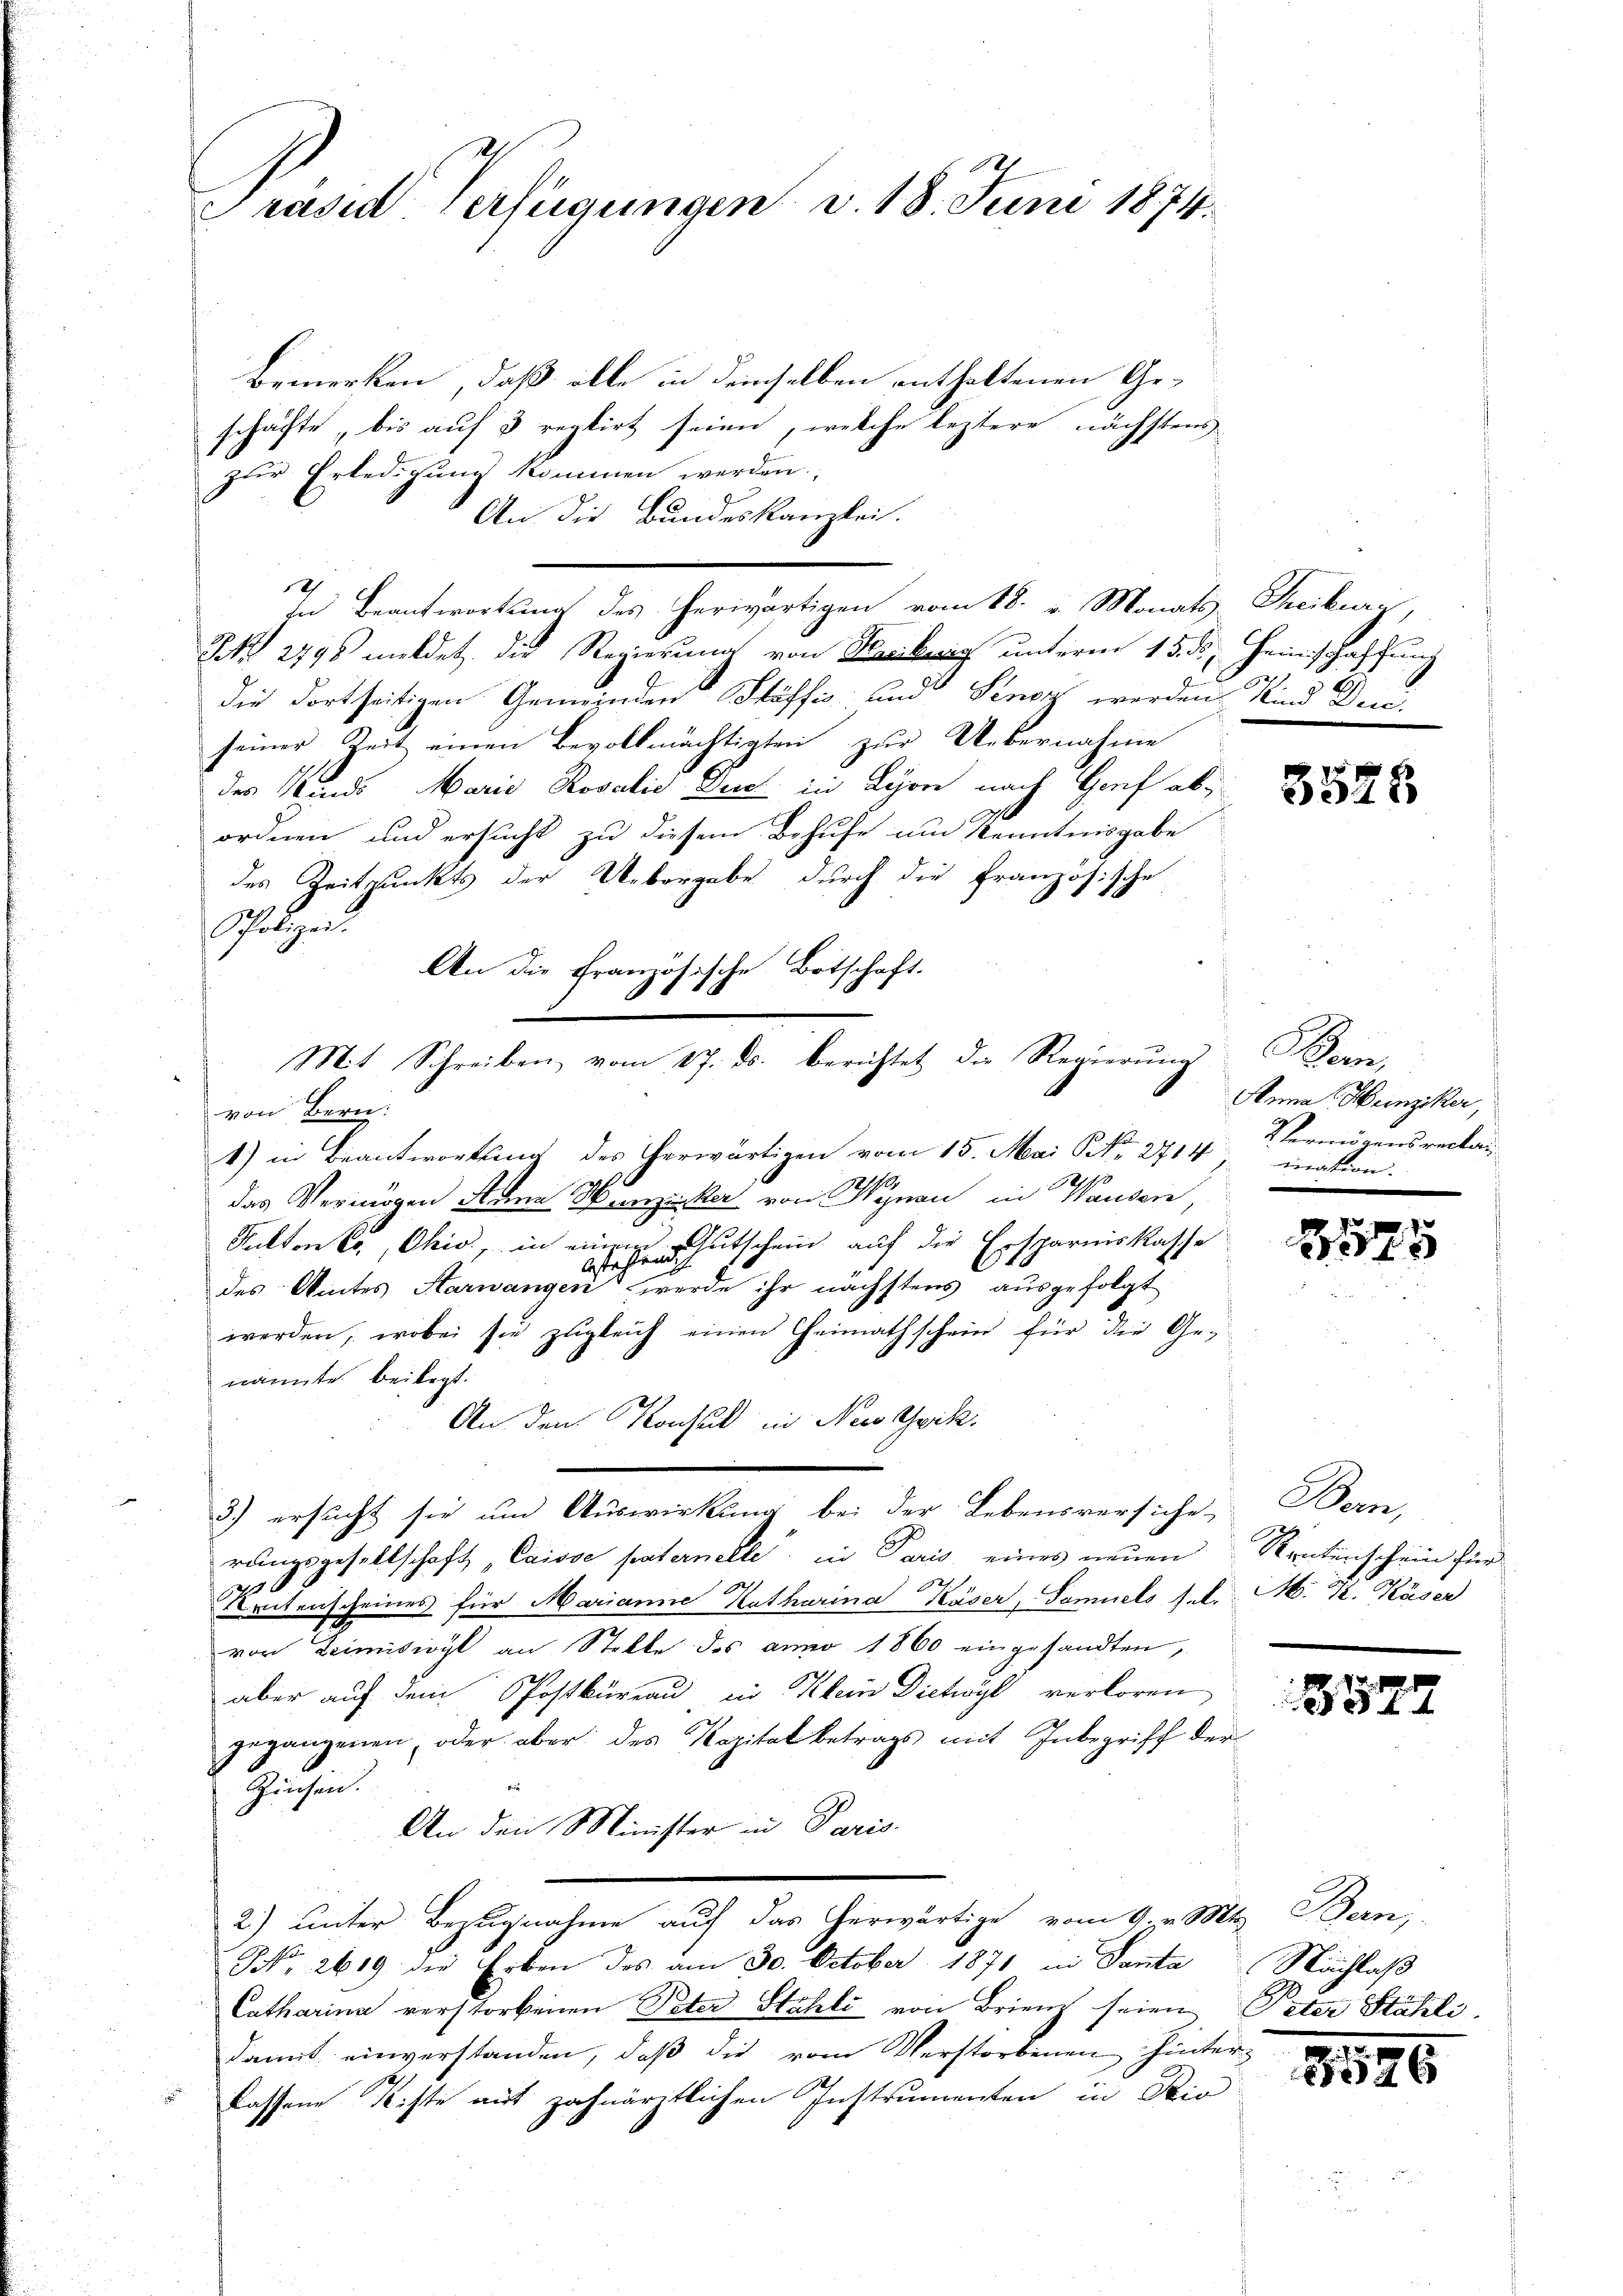
Präsid Verfügungen v. 18. Juni 1874.

Bemerken, daß alle in demselben enthaltenen Geschäfte, bis auf 3 reptirt seien, welche leztere nächstens
zur Erledigung kommen werden.
An die Bundeskanzlei.
In Beantwortung des herwärtigen vom 18. v. Monats Treiburg,
I 2798 meldet, die Regierung von bey unterm 15. ds. Heinschaffung
die dortseitigen Gemeinden Stäffis- und Seney werden Kind Den
seiner Zeit einen Bevollmächtigten zur Uebernahme
des Kinde Marie Rosalis Den in Lyon nach Graf abordnen und ersucht zu diesem Behufe um Kenntnisgabe
des Zeitpunkts der Uebergabe durch die französische
Polizei.
An die französische Botschaft.
B
Mit Schreiben vom 27. ds. berichtet der Regierung
von Bern.
1) in Beantwortung des herwärtigen vom 15. Mai Nr. 2714 7 ination.
das Vermögen Anna Hunziker von Wynau in Hausen
Katton er, Ohio, in einem Gutschein auf die Ersparniskasse
ich
C
last
des Amtes Aarwangen werde ihr nächstens ausgefolgt
werden, wobei sie zŭgleich einen Heimathschein für die Ge-
nannte beilegt.
An den Konsul in New Gwick
3) ersucht sie um Auswirkung bei der Lebensversiche
rungsgesellschaft „Caisse paternelle in Paris eines neuen
p
Artenscheines für Marianne Katharina Käser, Samuels sel.
von Leimiswyl an Stelle des anno 1860 eingesandten,
aber auf dem Postkureau in Klein Dichwyl verloren
gegangenen, oder aber des Kapital betrags mit Inbegriff der
s
Zinsen.
An den Minister in Paris.
2) unter Bezugnahme auf das herwärtige vom 9. v. Mts. Bern,
NNo. 2619 die Erben des am 30. October 1871 in Santa Nachlaß
Catharina verstorbenen Peter Stahli von Brienz seien, Peter Stähli,
damit einverstanden, daß die vom Verstorbenen hinterlassene Kiste aus zahnäritlichen Instrumenten in Rio

.

3523

Bern,
Anna Hunziker,
Vermögensrechani

2575

Den
Rententschein für
M. Hr. Käser

8577

e
3526